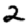
Digit: 2